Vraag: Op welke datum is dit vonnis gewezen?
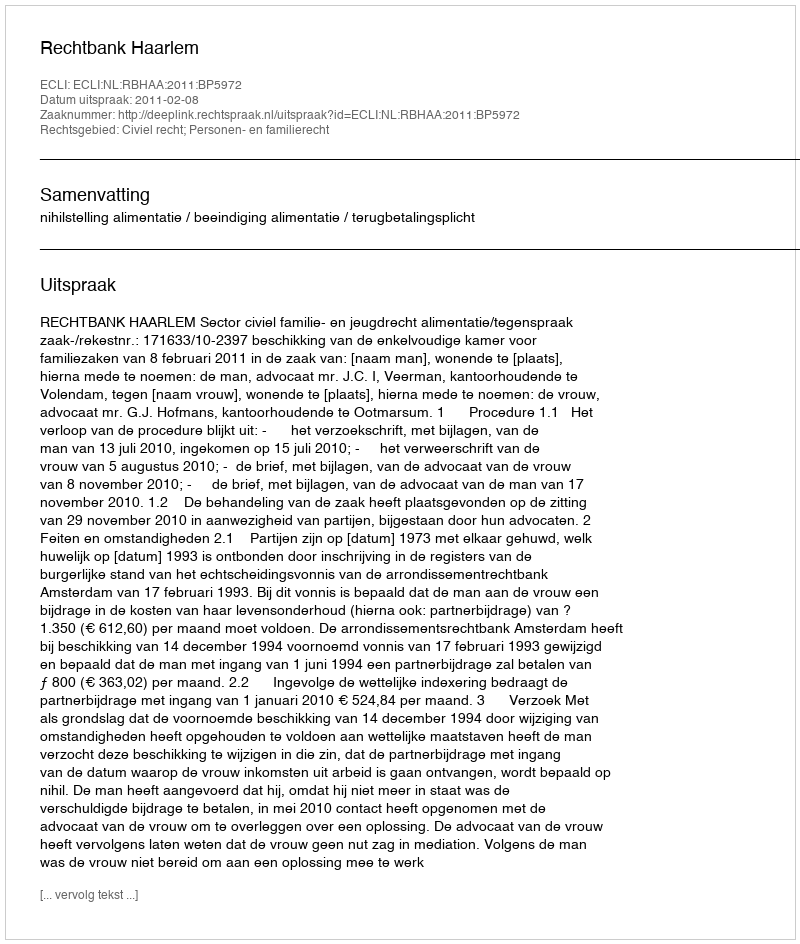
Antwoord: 2011-02-08